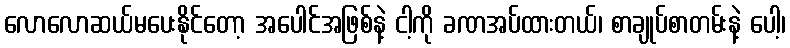
လောလောဆယ်မပေးနိုင်တော့ အပေါင်အဖြစ်နဲ့ ငါ့ကို ခဏအပ်ထားတယ်၊ စာချုပ်စာတမ်းနဲ့ ပေါ့၊